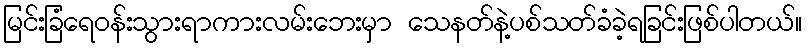
မြင်းခြံရေဝန်းသွားရာကားလမ်းဘေးမှာ သေနတ်နဲ့ပစ်သတ်ခံခဲ့ရခြင်းဖြစ်ပါတယ်။